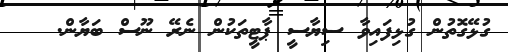
ގުޅޭގޮތުން ގުޅިފައިވާ ސިޔާސީ ޕާޓީތަކުން ނެރޭ ނޫސް ބަޔާން.